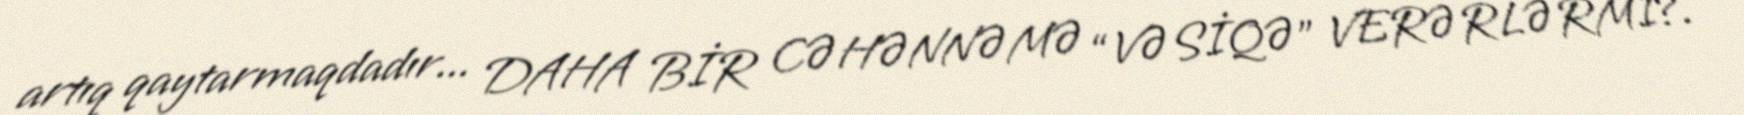
artıq qaytarmaqdadır... DAHA BİR CƏHƏNNƏMƏ “VƏSİQƏ” VERƏRLƏRMİ?.